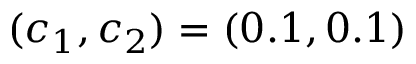
\displaystyle ( c _ { 1 } , c _ { 2 } ) = ( 0 . 1 , 0 . 1 )